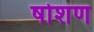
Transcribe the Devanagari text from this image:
षोशण